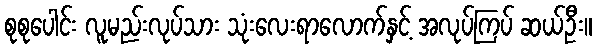
စုစုပေါင်း လူမည်းလုပ်သား သုံးလေးရာလောက်နှင့် အလုပ်ကြပ် ဆယ်ဦး။